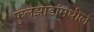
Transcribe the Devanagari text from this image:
फुलझाडांमधील